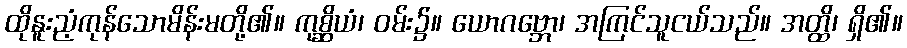
ထိုနူးညံ့ကုန်သောမိန်းမတို့၏။ ကုစ္ဆိယံ၊ ဝမ်း၌။ ယောဂဗ္ဘော၊ အကြင်သူငယ်သည်။ အတ္ထိ၊ ရှိ၏။